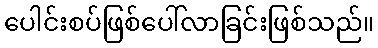
ပေါင်းစပ်ဖြစ်ပေါ်လာခြင်းဖြစ်သည်။